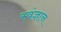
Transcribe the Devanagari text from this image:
स्वंज्ञान